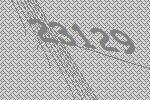
23129